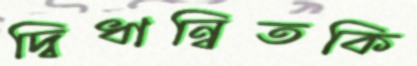
দ্বিধান্বিতকি